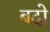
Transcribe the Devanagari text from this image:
बदो